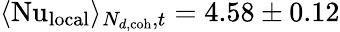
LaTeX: \langle\mathrm{Nu}_{\textrm{local}}\rangle_{N_{d\textrm{,coh}},t}=4.58\pm 0.12